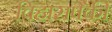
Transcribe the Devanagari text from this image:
विहारापैकी